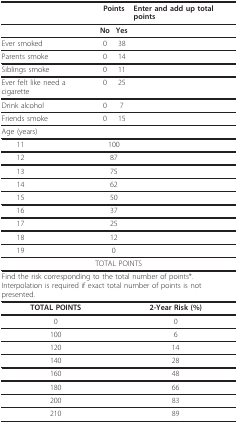
<table><thead><tr><td></td><td colspan="2"><b>Points</b></td><td><b>Enter and add up total points</b></td></tr></thead><tbody><tr><td></td><td><b>No</b></td><td><b>Yes</b></td><td></td></tr><tr><td>Ever smoked</td><td>0</td><td>38</td><td></td></tr><tr><td>Parents smoke</td><td>0</td><td>14</td><td></td></tr><tr><td>Siblings smoke</td><td>0</td><td>11</td><td></td></tr><tr><td>Ever felt like need a cigarette</td><td>0</td><td>25</td><td></td></tr><tr><td>Drink alcohol</td><td>0</td><td>7</td><td></td></tr><tr><td>Friends smoke</td><td>0</td><td>15</td><td></td></tr><tr><td>Age (years)</td><td></td><td></td><td></td></tr><tr><td> 11</td><td colspan="2">100</td><td></td></tr><tr><td> 12</td><td colspan="2">87</td><td></td></tr><tr><td> 13</td><td colspan="2">75</td><td></td></tr><tr><td> 14</td><td colspan="2">62</td><td></td></tr><tr><td> 15</td><td colspan="2">50</td><td></td></tr><tr><td> 16</td><td colspan="2">37</td><td></td></tr><tr><td> 17</td><td colspan="2">25</td><td></td></tr><tr><td> 18</td><td colspan="2">12</td><td></td></tr><tr><td> 19</td><td colspan="2">0</td><td></td></tr><tr><td colspan="4">TOTAL POINTS</td></tr><tr><td colspan="4">Find the risk corresponding to the total number of points*.Interpolation is required if exact total number of points is not presented.</td></tr><tr><td colspan="2"><b>TOTAL POINTS</b></td><td colspan="2"><b>2-Year Risk (%)</b></td></tr><tr><td colspan="2">0</td><td colspan="2">0</td></tr><tr><td colspan="2">100</td><td colspan="2">6</td></tr><tr><td colspan="2">120</td><td colspan="2">14</td></tr><tr><td colspan="2">140</td><td colspan="2">28</td></tr><tr><td colspan="2">160</td><td colspan="2">48</td></tr><tr><td colspan="2">180</td><td colspan="2">66</td></tr><tr><td colspan="2">200</td><td colspan="2">83</td></tr><tr><td colspan="2">210</td><td colspan="2">89</td></tr></tbody></table>